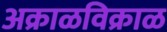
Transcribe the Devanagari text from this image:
अक्राळविक्राळ